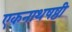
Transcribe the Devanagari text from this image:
एकनाथषष्ठी